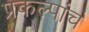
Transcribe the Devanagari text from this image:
प्रकल्पांचं